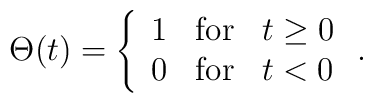
\Theta(t)=\left\{\begin{array}{lll}1&{\rm for}&t\geq0\\0&{\rm for}&t<0 \end{array}\right..